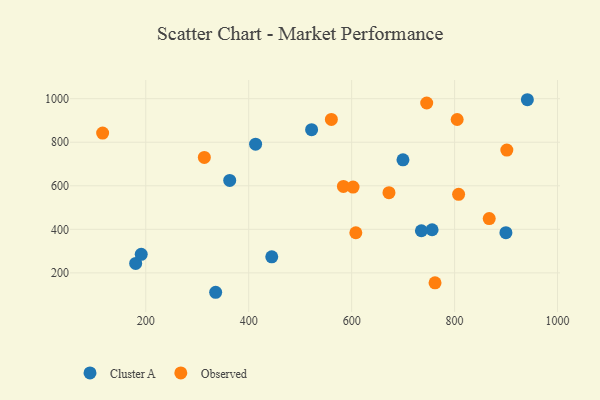
{"axis": {"x": "Experience", "y": "Exam Score"}, "legend": ["Cluster A", "Observed"], "data": [{"x": "756.3", "y": 398.1, "type": "Cluster A"}, {"x": "941.4", "y": 995.2, "type": "Cluster A"}, {"x": "899.7", "y": 384.6, "type": "Cluster A"}, {"x": "413.4", "y": 791.0, "type": "Cluster A"}, {"x": "735.5", "y": 393.5, "type": "Cluster A"}, {"x": "363.1", "y": 624.5, "type": "Cluster A"}, {"x": "335.8", "y": 111.0, "type": "Cluster A"}, {"x": "180.4", "y": 243.4, "type": "Cluster A"}, {"x": "444.8", "y": 273.8, "type": "Cluster A"}, {"x": "522.2", "y": 857.7, "type": "Cluster A"}, {"x": "191.2", "y": 285.2, "type": "Cluster A"}, {"x": "699.7", "y": 719.2, "type": "Cluster A"}, {"x": "313.8", "y": 730.2, "type": "Observed"}, {"x": "762.0", "y": 154.2, "type": "Observed"}, {"x": "805.0", "y": 904.5, "type": "Observed"}, {"x": "608.1", "y": 384.3, "type": "Observed"}, {"x": "867.3", "y": 449.6, "type": "Observed"}, {"x": "901.5", "y": 764.1, "type": "Observed"}, {"x": "584.0", "y": 596.9, "type": "Observed"}, {"x": "672.5", "y": 568.4, "type": "Observed"}, {"x": "745.8", "y": 980.1, "type": "Observed"}, {"x": "116.2", "y": 842.2, "type": "Observed"}, {"x": "560.6", "y": 904.7, "type": "Observed"}, {"x": "602.7", "y": 594.0, "type": "Observed"}, {"x": "807.8", "y": 560.9, "type": "Observed"}]}